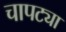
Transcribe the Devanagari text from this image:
चापट्या